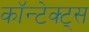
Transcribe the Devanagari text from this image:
कॉन्टेक्ट्स